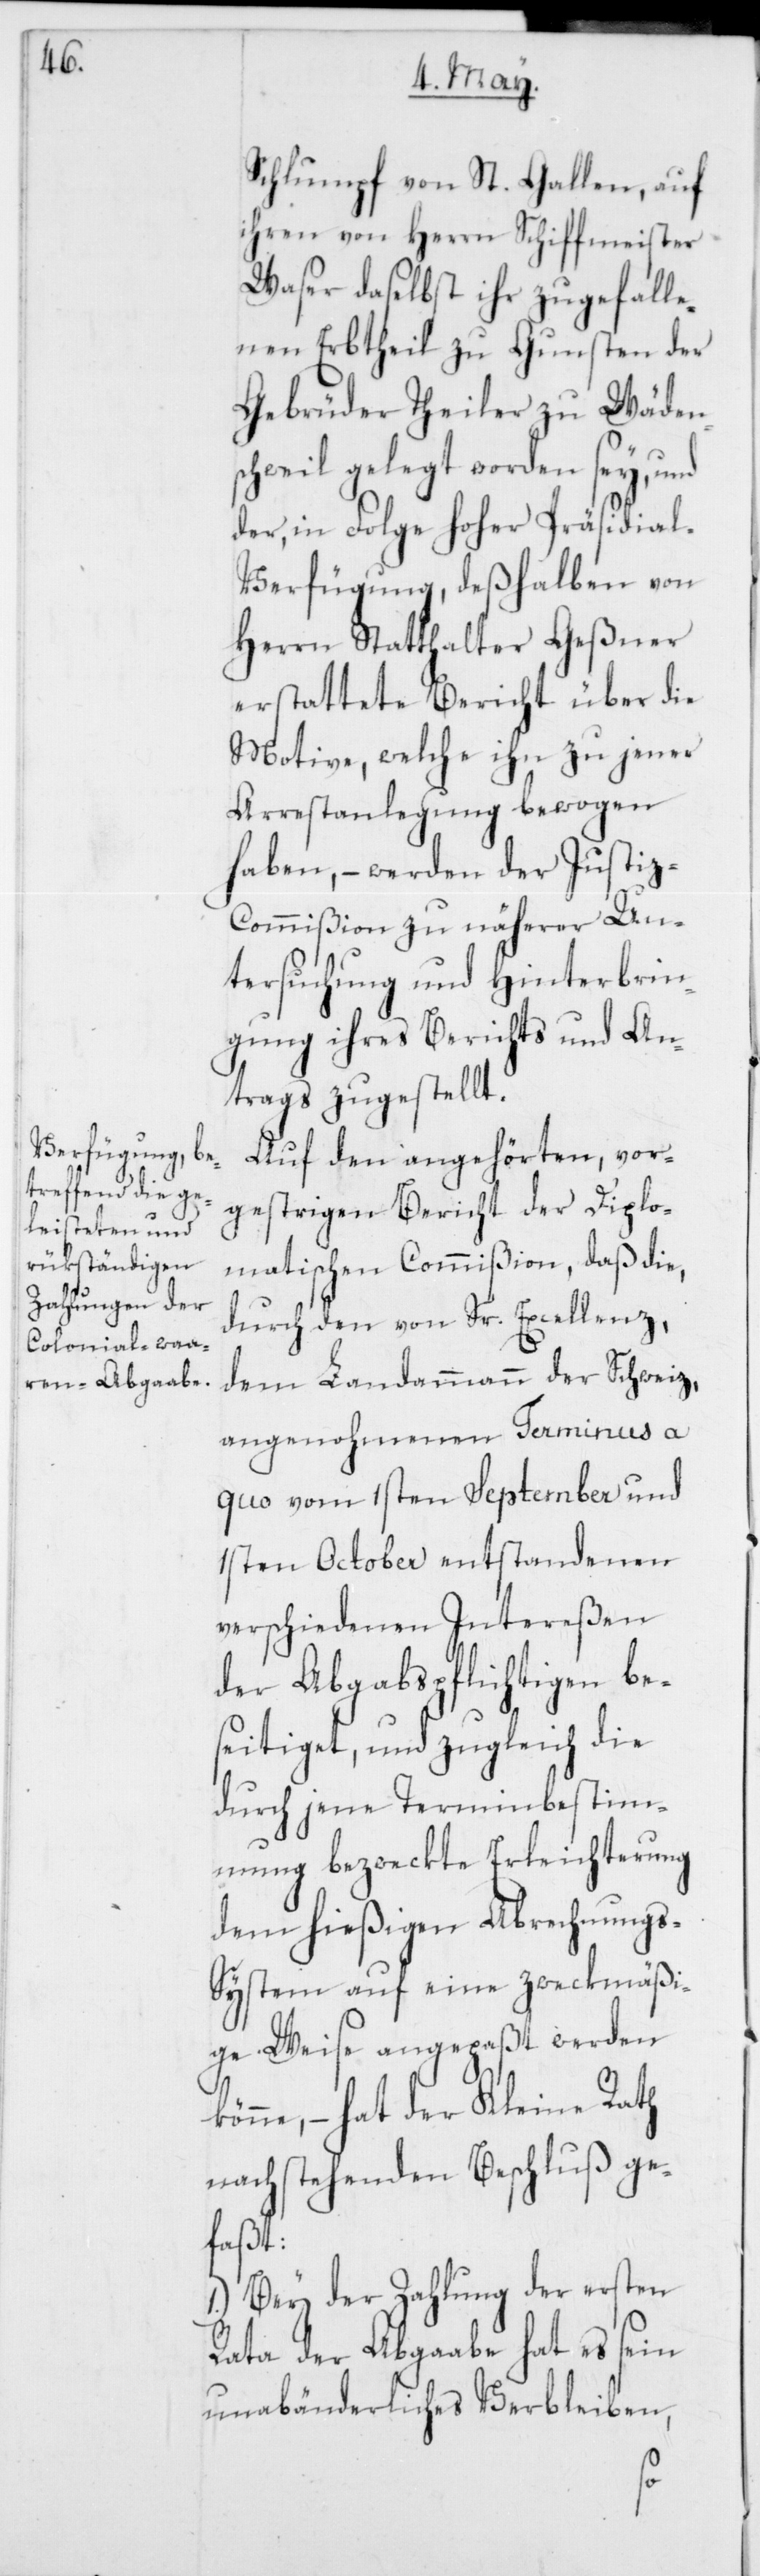
kö¬

Schlumpf von St. Gallen, auf
ihren von Herrn Schiffmeister
Waser daselbst ihr zugefalle¬
nen Erbtheil zu Gunsten der
Gebrüder Theiler zu Wäden¬
schweil gelegt worden sey, und
der, in Folge Hoher Präsidia¬
l-Verfügung, deßhalben von
Herrn Statthalter Geßner
erstattete Bericht über die
Motive, welche ihn zu jener
Arrestanlegung bewogen
haben, – werden der Justi¬
z-Commißion zu näherer Un¬
tersuchung und Hinterbrin¬
gung ihres Berichts und An¬
trags zugestellt.
Auf den angehörten, vor¬
gestrigen Bericht der Diplo¬
matischen Commißion, daß die,
durch den von Sr. Excellenz,
dem Landammann der Schweiz,
angenohmenen Terminus a
quo vom 1sten September und
1sten October entstandenen
verschiedenen Intereßen
der Abgabspflichtigen be¬
seitiget, und zugleich die
durch jene Terminbestim¬
mung bezweckte Erleichterung
dem hießigen Abrechnungs-S¬
ystem auf eine zweckmäßi¬
ge Weise angepaßt werden
nne, – hat der Kleine Rath
nachstehenden Beschluß ge¬
faßt:
1.) Bey der Zahlung der ersten
Rata der Abgaabe hat es sein
unabänderliches Verbleiben,